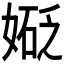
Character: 𫱑